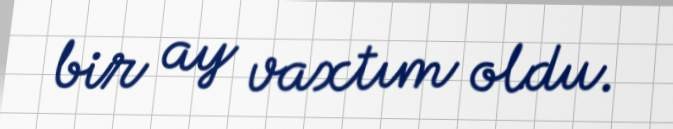
bir ay vaxtım oldu.